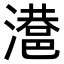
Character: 𣿑